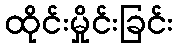
ထိုင်းမှိုင်းခြင်း